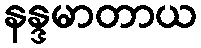
နန္ဒမာတာယ